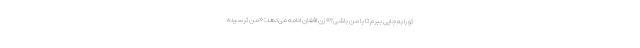
تو را به جایی ببرم تا با من باشی؟» زن افغان ادامه می‌دهد: «من ترسیده